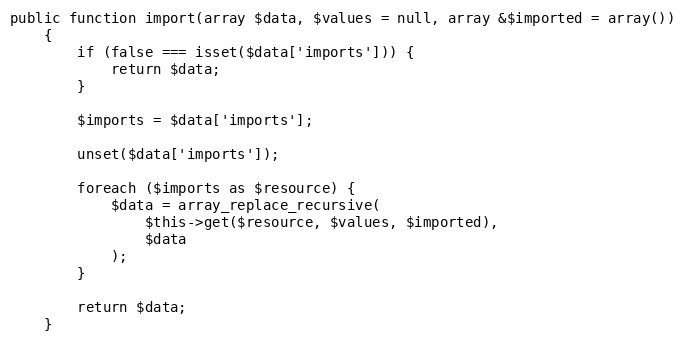
Language: PHP
public function import(array $data, $values = null, array &$imported = array())
    {
        if (false === isset($data['imports'])) {
            return $data;
        }

        $imports = $data['imports'];

        unset($data['imports']);

        foreach ($imports as $resource) {
            $data = array_replace_recursive(
                $this->get($resource, $values, $imported),
                $data
            );
        }

        return $data;
    }